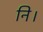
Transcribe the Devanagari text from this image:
नि।